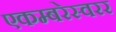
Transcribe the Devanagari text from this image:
एकम्बरेस्वरर